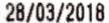
28/03/2018